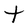
Character: t